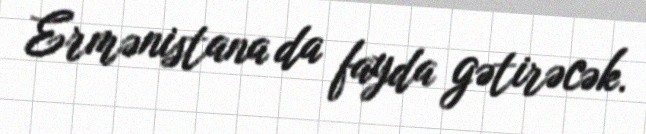
Ermənistana da fayda gətirəcək.